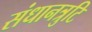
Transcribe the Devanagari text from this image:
संधानत्रुटि